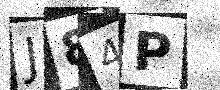
Text: J84P